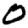
Digit: 0